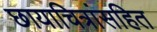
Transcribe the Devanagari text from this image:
छायाचित्रांसहित